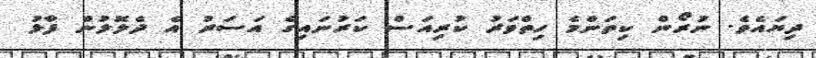
ދިޔައެވެ. ނުރޯން ކިތަންމެ ހިތްވަރު ކުރިއަސް ކަރުނައިގެ އަސަރު އެ ދެލޮލުން ފާޅު